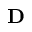
\mathbf D